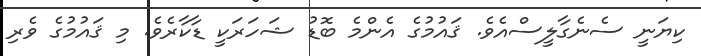
ކިޔަނީ ސެނެގާލީސްއެވެ. ޤައުމުގެ އެންމެ ބޮޑު ޝަހަރަކީ ޑާކާރެވެ. މި ޤައުމުގެ ވެރި